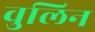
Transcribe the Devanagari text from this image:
वुलिन